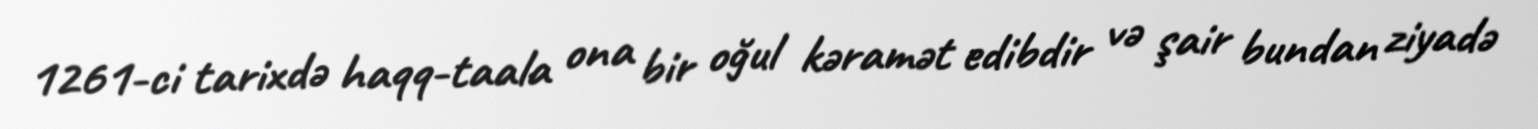
1261-ci tarixdə haqq-taala ona bir oğul kəramət edibdir və şair bundan ziyadə